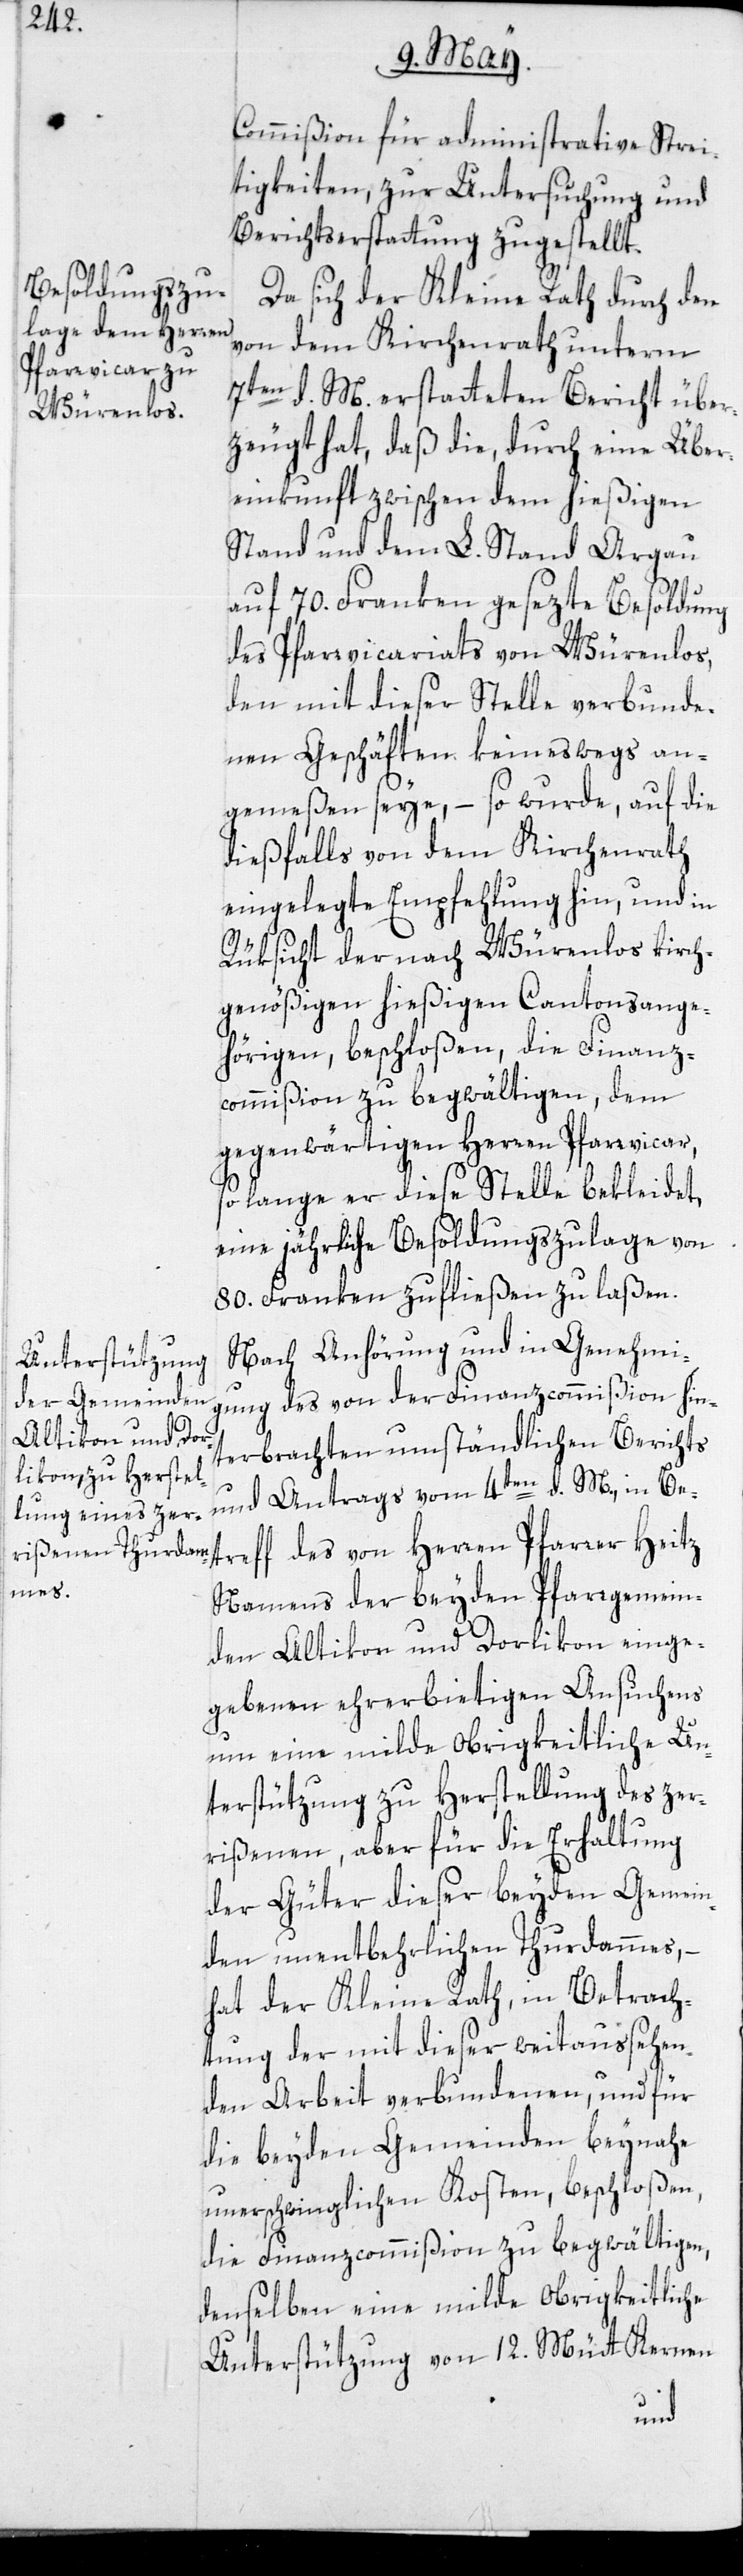
Commißion für administrative Strei¬
tigkeiten, zur Untersuchung und
Berichtserstattung zugestellt.
Da sich der Kleine Rath durch den
von dem Kirchenrath unterm
7ten d. M. erstatteten Bericht über¬
zeugt hat, daß die, durch eine Über¬
einkunft zwischen dem hießigen
Stand und dem L. Stand Argau
auf 70. Franken gesezte Besoldung
des Pfarrvicariats von Würenlos,
den mit dieser Stelle verbunde¬
nen Geschäften keineswegs an¬
gemeßen seye, – so wurde, auf die
dießfalls von dem Kirchenrath
eingelegte Empfehlung hin, und in
Rüksicht der nach Würenlos kirch¬
genößigen hießigen Cantonsange¬
hörigen, beschloßen, die Finanz¬
commißion zu begwältigen, dem
gegenwärtigen Herren Pfarrvicar,
so lange er diese Stelle bekleidet,
eine jährliche Besoldungszulage von
80. Franken zufließen zu laßen.
Nach Anhörung und in Genehmi¬
gung des von der Finanzcommißion hin¬
terbrachten umständlichen Berichts
und Antrags vom 4ten d. M., in Bet¬
reff des von Herren Pfarrer Heitz
Namens der beyden Pfarrgemein¬
den Altikon und Dorlikon einge¬
gebenen ehrerbietigen Ansuchens
um eine milde Obrigkeitliche Un¬
terstützung zu Herstellung des zer¬
rißenen, aber für die Erhaltung
der Güter dieser beyden Gemein¬
den unentbehrlichen Thurdammes, –
hat der Kleine Rath, in Betrach¬
tung der mit dieser weitaussehen¬
den Arbeit verbundenen, und für
die beyden Gemeinden beynahe
unerschwinglichen Kosten, beschloßen,
die Finanzcommißion zu begwältigen,
denselben eine milde Obrigkeitliche
Unterstützung von 12. Mütt Kernen